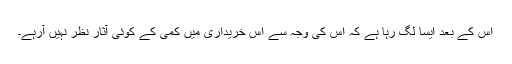
اُس کے بعد ایسا لگ رہا ہے کہ اس کی وجہ سے اس خریداری میں کمی کے کوئی آثار نظر نہیں آرہے۔